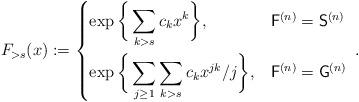
LaTeX: \begin{align*}F_{>s}(x):= \begin{dcases*}\exp\bigg\{\sum_{k>s}c_kx^k\bigg\}, &$\mathsf{F}^{(n)}=\mathsf{S}^{(n)}$ \\\exp\bigg\{\sum_{j\ge 1}\sum_{k>s}c_kx^{jk}/j\bigg\}, &$\mathsf{F}^{(n)}=\mathsf{G}^{(n)}$\end{dcases*}.\end{align*}